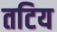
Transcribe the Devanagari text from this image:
तटिय